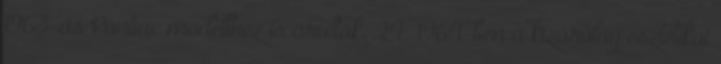
1963-as Pontiac modellhez is árultak. 24 1964-ben a kizárólag esztétikai